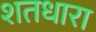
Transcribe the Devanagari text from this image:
शतधारा